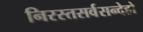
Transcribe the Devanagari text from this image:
निरस्तसर्वसन्देहो